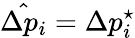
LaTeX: \hat{\Delta p_{i}}=\Delta p_{i}^{\star}